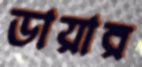
ডায়ার